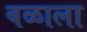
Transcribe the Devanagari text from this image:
बळाला